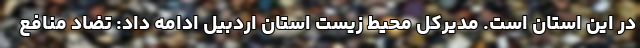
در این استان است. مدیرکل محیط زیست استان اردبیل ادامه داد: تضاد منافع